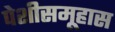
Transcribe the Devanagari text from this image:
पेशीसमूहास